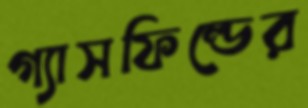
গ্যাসফিল্ডের